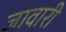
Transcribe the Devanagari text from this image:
जावारी